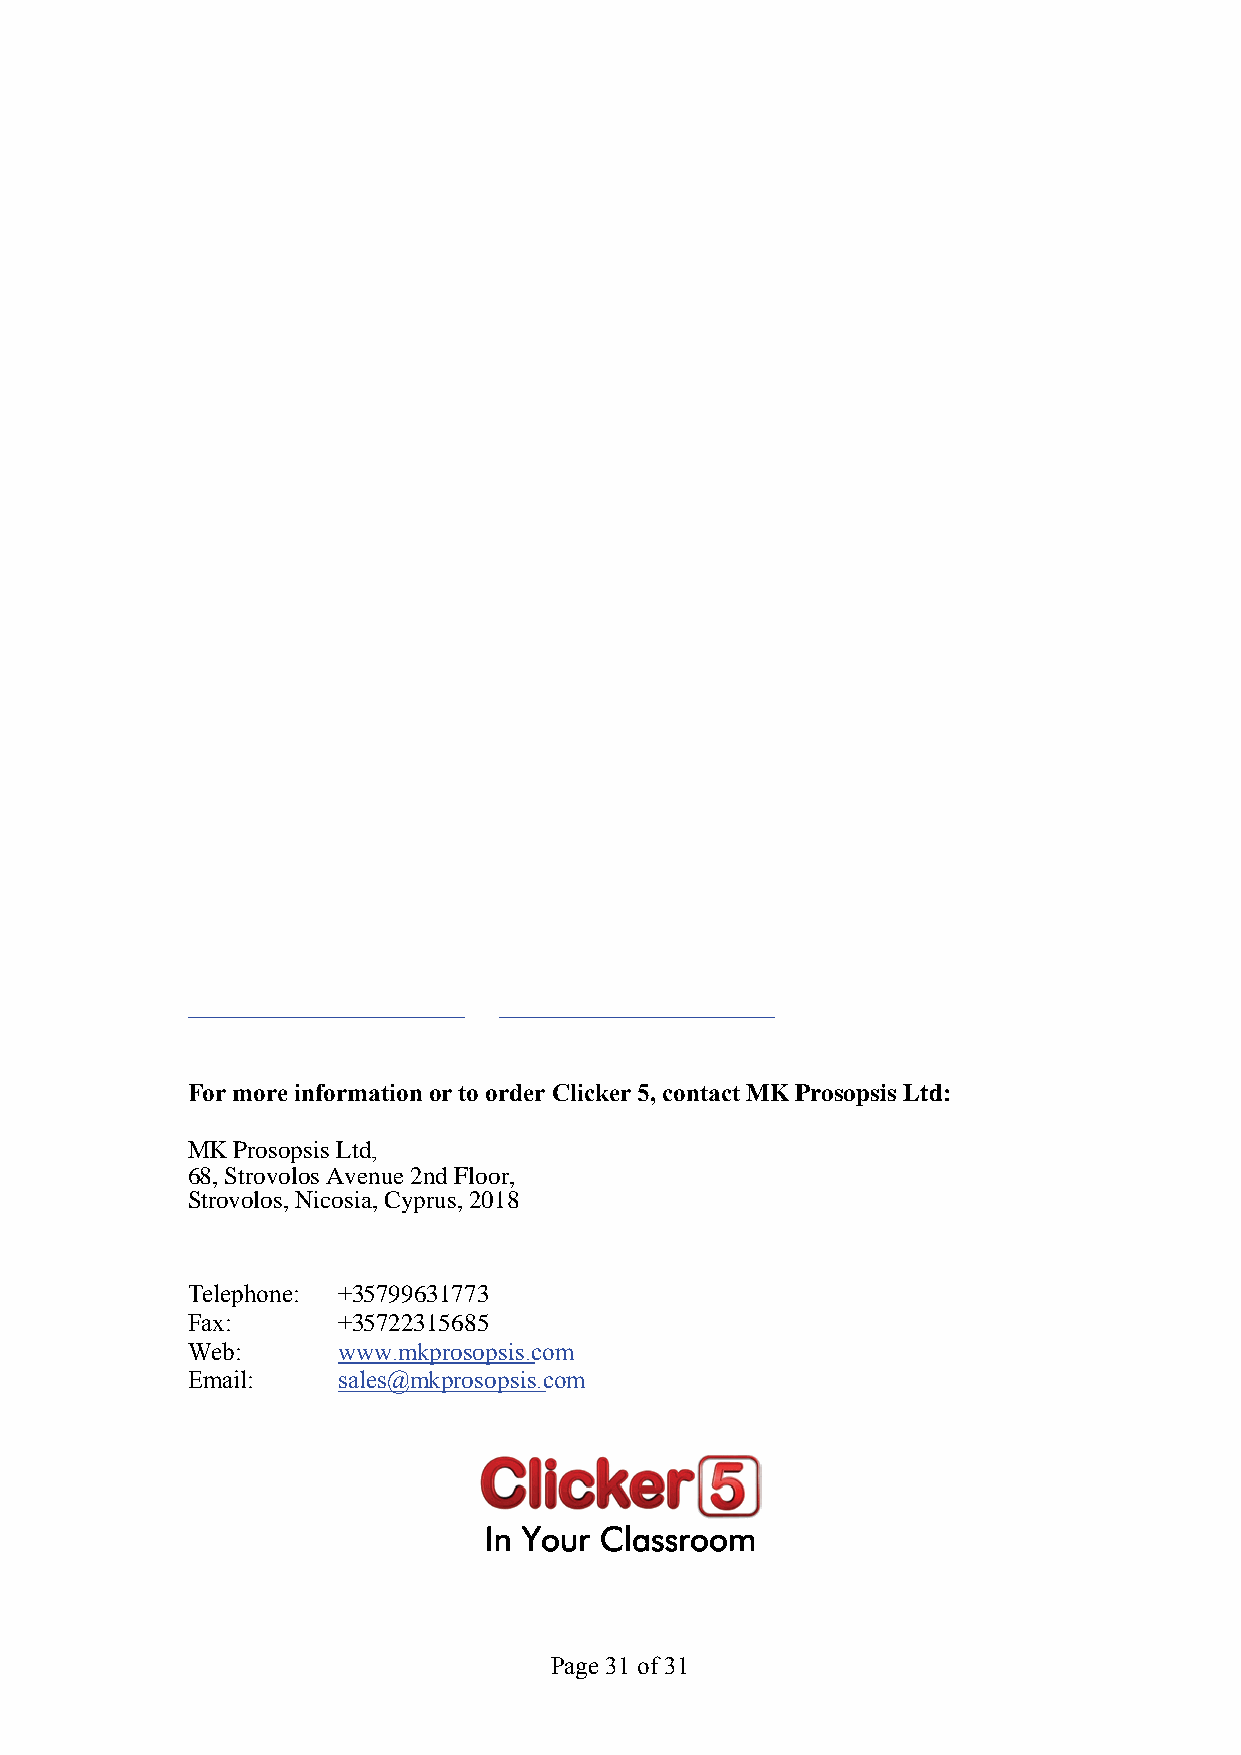
For more information or to order Clicker 5, contact MK Prosopsis Ltd:
 MK Prosopsis Ltd,
 68, Strovolos Avenue 2nd Floor,
 Strovolos, Nicosia, Cyprus, 2018
 Telephone: +35799631773
 Fax:      +35722315685
 Web:      www.mkprosopsis.com
 Email:    sales@mkprosopsis.com
 In Your Classroom
 Page 31 of 31